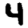
Digit: 4